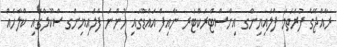
ރާއްޖޭގެ ފުރަތަމަ ފްލައިޔިންގ އިންސްޓްރަކްޓަރ ނާއިފް އައްޑޫގައި ހުންނަ ފްލައިޔިންގ ސްކޫލްގައި ކްލާހެއް